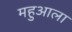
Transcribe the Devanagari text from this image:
महुआला